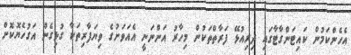
އެހެންކަމުން ކައިޓަންގާޓާގައި ދިރިއުޅޭ ފަރާތްތަކުން މިހާރު އަންނަނީ އެއަވަށުގެ ވިޔަފާރިތަކާ ގުޅިގެން އަގުހެޔޮކޮށް